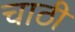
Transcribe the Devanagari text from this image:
चाठी